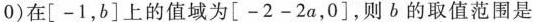
0 )在[-1，b]上的值域为[-2-2a，0]，则b的取值范围是